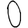
Digit: 0